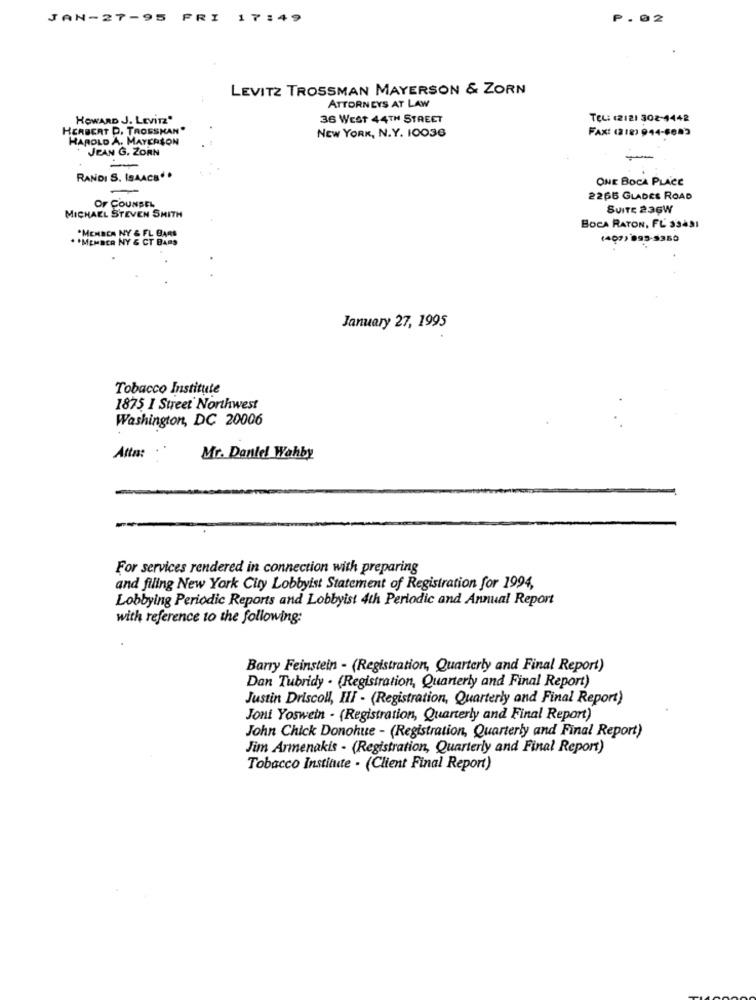
JAN-27-95 FRI
17:49
P. 02
LEVITZ TROSSMAN MAYERSON & ZORN
ATTORNEYS AT LAW
HOWARD J. LEViTZ"
36 WEST 44TH STREET
TEL: (2121 302-4442
HERBERT D. TROSSKAN.
NEW YORK, N.Y. 10036
FAX: (218) 944-6683
HAROLD A. MAYERSON
JEAN G. ZORN
-
-
RANDI S. ISAACS" .
ONE BOCA PLACE
2265 GLADES ROAD
OF COUNSEL
SUITE 236W
MICHAEL STEVEN SMITH
BOCA RATON, FL 33491
* * MEMBER NY & CT BARS
.MENBER NY & FL BARS
(409) 893-5350
January 27, 1995
Tobacco Institute
1875 I Street Northwest
Washington, DC 20006
Atta:
Mr. Daniel Wahby
For services rendered in connection with preparing
and filing New York City Lobbyist Statement of Registration for 1994,
Lobbying Periodic Reports and Lobbyist 4th Periodic and Annual Report
with reference to the following:
Barry Feinstein - (Registration, Quarterly and Final Report)
Dan Tubridy . (Registration, Quarterly and Final Report)
Justin Driscoll, III - (Registration, Quarterly and Final Report)
Joni Yoswein - (Registration, Quarterly and Final Report)
John Chick Donohue - (Registration, Quarterly and Final Report)
Jim Armenakis - (Registration, Quarterly and Final Report)
Tobacco Institute - (Client Final Report)